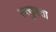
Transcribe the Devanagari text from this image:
उत्कुश्ता